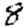
Digit: 8